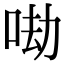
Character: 𠲵